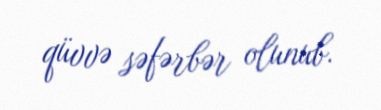
qüvvə səfərbər olunub.